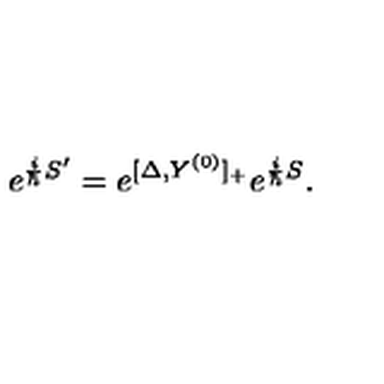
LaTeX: e ^ { { \frac { i } { \hbar } } S ^ { \prime } } = e ^ { [ \Delta , Y ^ { ( 0 ) } ] _ { + } } e ^ { { \frac { i } { \hbar } } S } .